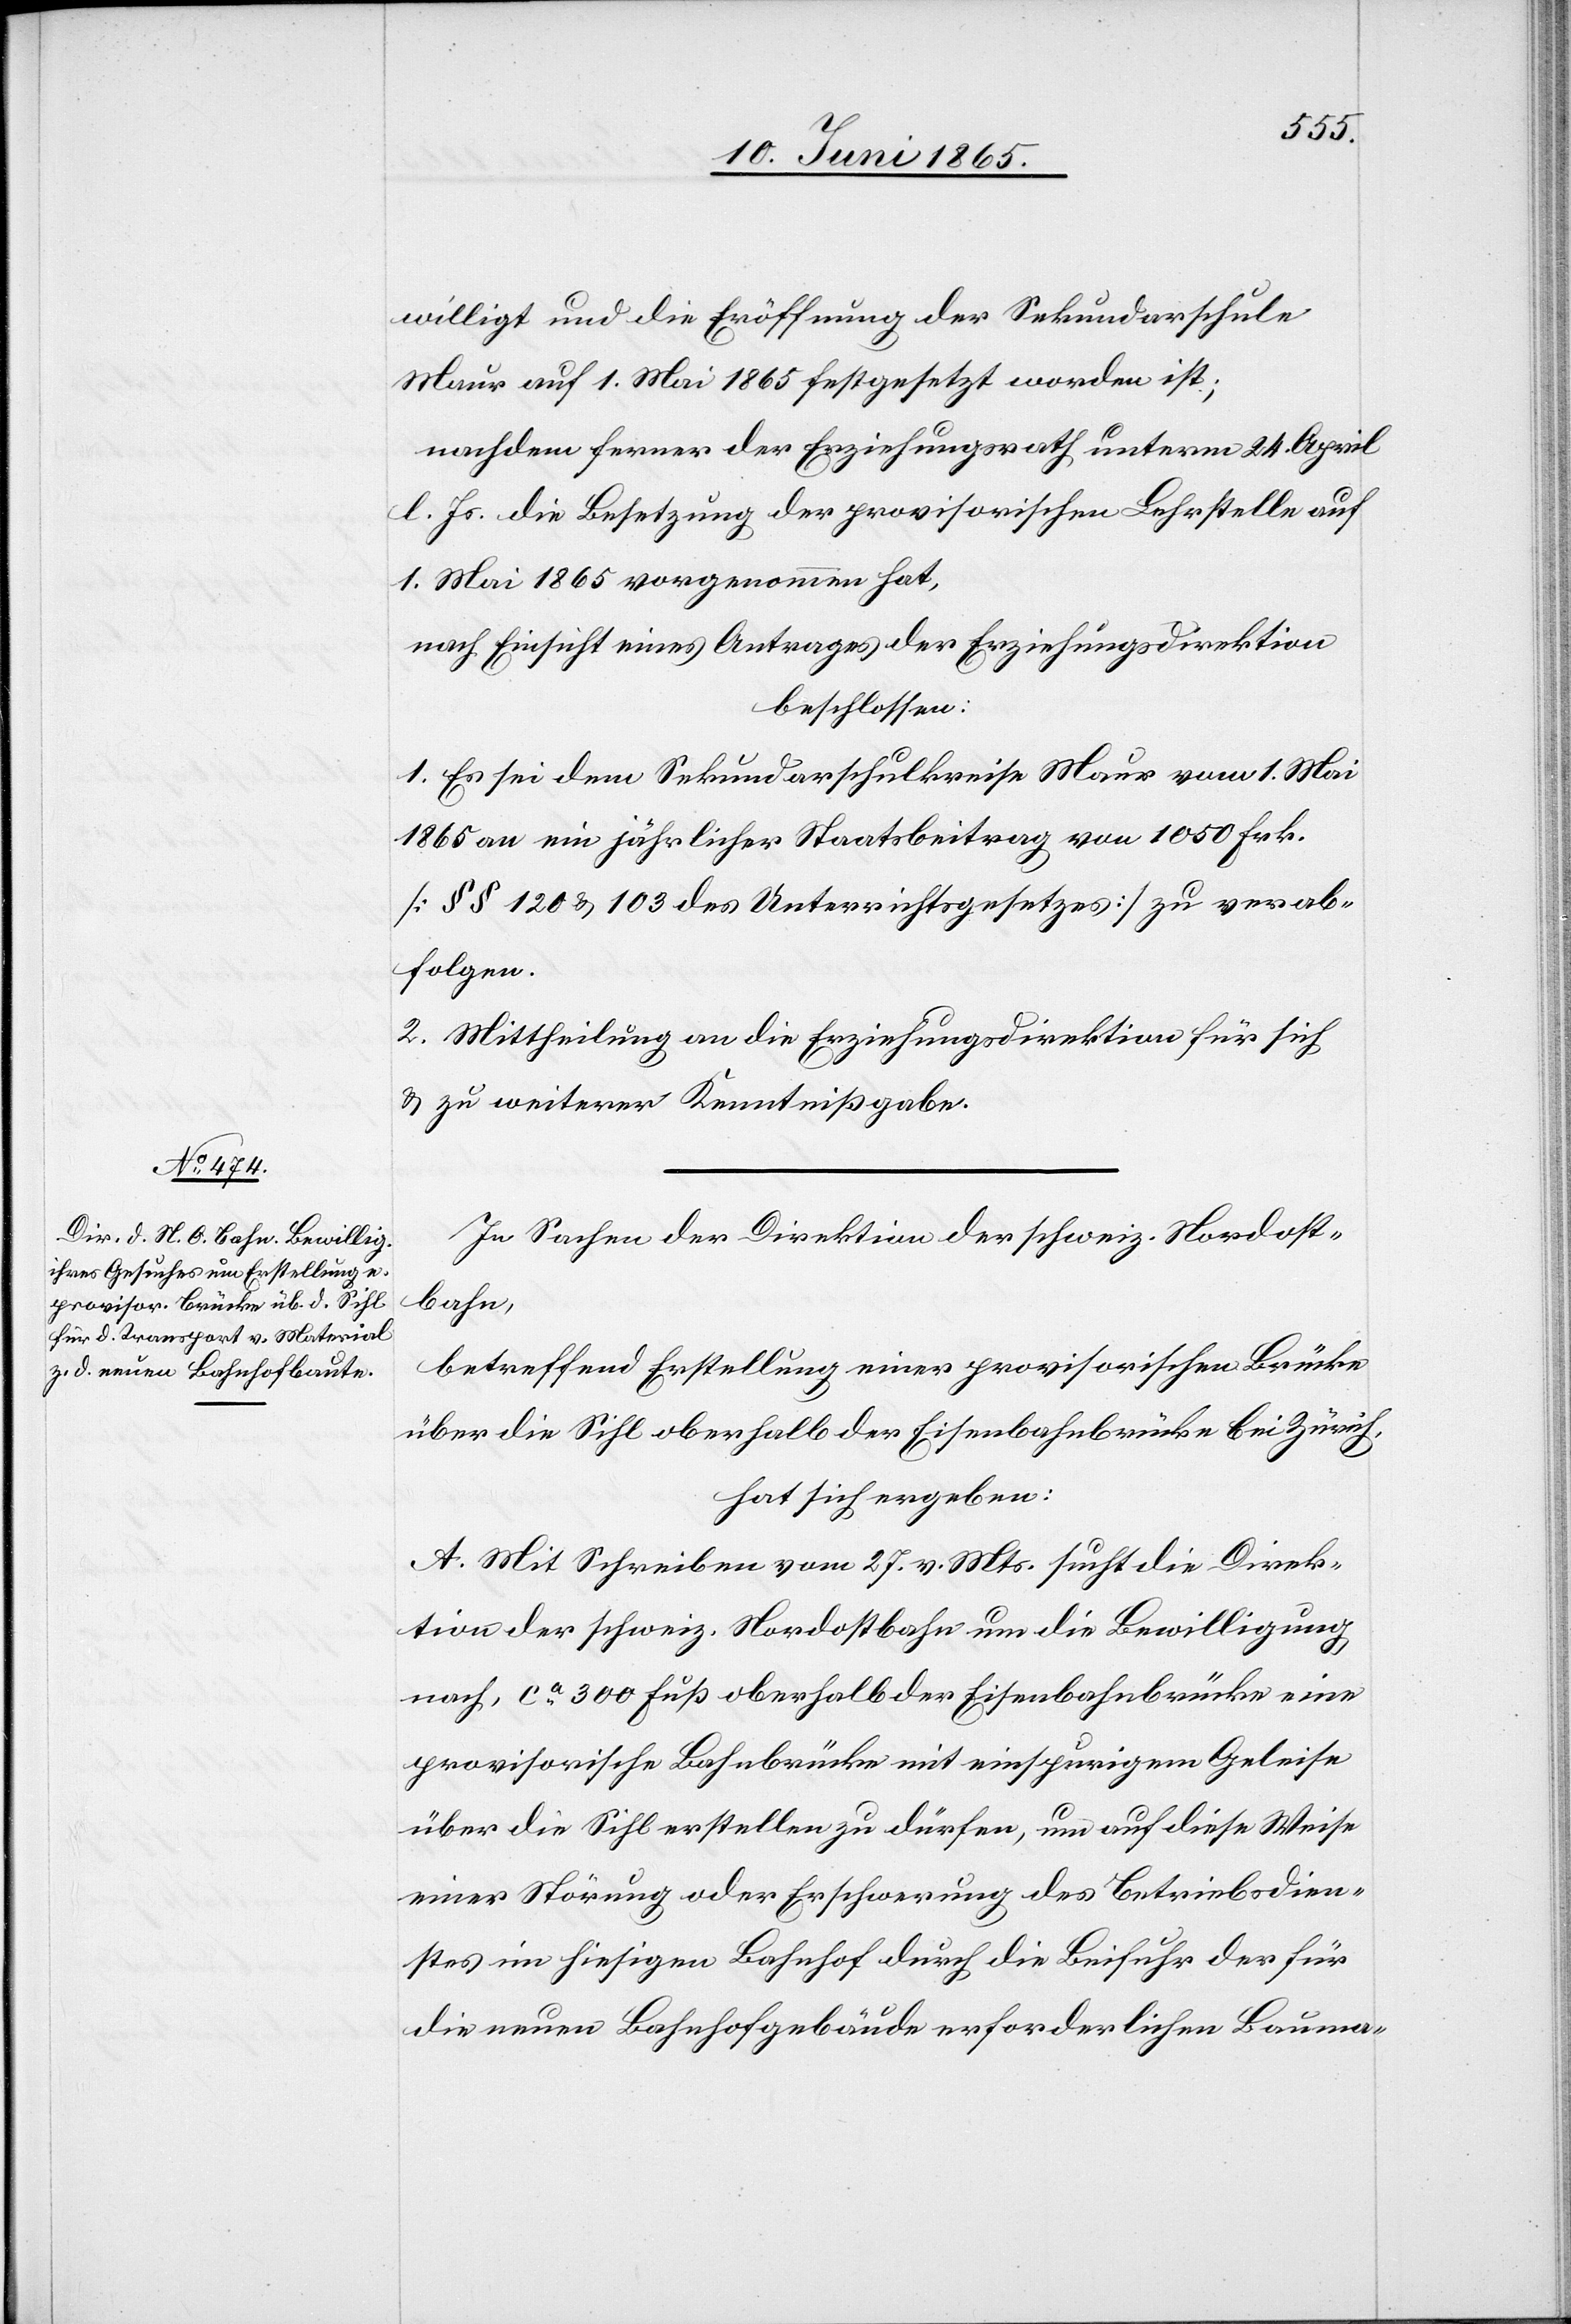
willigt und die Eröffnung der Sekundarschule
Maur auf 1. Mai 1865 festgesetzt worden ist;
nachdem ferner der Erziehungsrath unterm 24. April
l. Js. die Besetzung der provisorischen Lehrstelle auf
1. Mai 1865 vorgenommen hat,
nach Einsicht eines Antrages der Erziehungsdirektion
beschlossen:
1. Es sei dem Sekundarschulkreise Maur vom 1. Mai
1865 an ein jährlicher Staatsbeitrag von 1050 Frk.
[§ § 120 & 103 des Unterrichtsgesetzes] zu verab¬
folgen.
2. Mittheilung an die Erziehungsdirektion für sich
& zu weiterer Kenntnißgabe.
In Sachen der Direktion der schweiz. Nordost¬
bahn,
betreffend Erstellung einer provisorischen Brücke
über die Sihl oberhalb der Eisenbahnbrücke bei Zürich,
hat sich ergeben:
A. Mit Schreiben vom 27. v. Mts. sucht die Direk¬
tion der schweiz. Nordostbahn um die Bewilligung
nach, ca 300 Fuß oberhalb der Eisenbahnbrücke eine
provisorische Bahnbrücke mit einspurigem Geleise
über die Sihl erstellen zu dürfen, um auf diese Weise
einer Störung oder Erschwerung des Betriebsdien¬
stes im hiesigen Bahnhof durch die Beifuhr der für
die neuen Bahnhofgebäude erforderlichen Bauma-